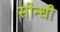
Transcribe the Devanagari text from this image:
सीन्धी